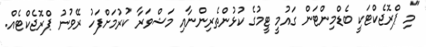
"މި ޕްރޮޖެކްޓަކީ ބެޑްމިންޓަން ގައުމީ ޓީމުގެ ކުޅުންތެރިންނާއި މަޝްވަރާ ކުރުމަށްފަހު ރޭވުނު ޕްރޮޖެކްޓެއް.